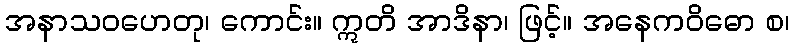
အနာသဝဟေတု၊ ကောင်း။ ဣတိ အာဒိနာ၊ ဖြင့်။ အနေကဝိဓော စ၊